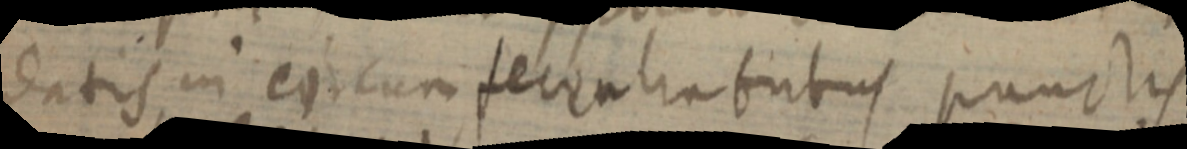
datis in circumferentiatibus punctis